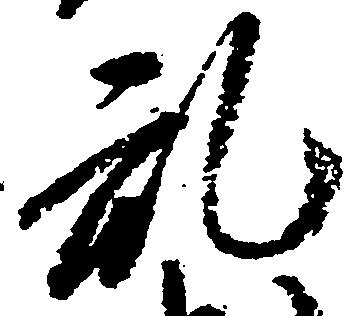
乱